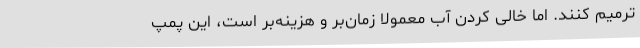
ترمیم کنند. اما خالی کردن آب معمولا زمان‌بر و هزینه‌بر است، این پمپ